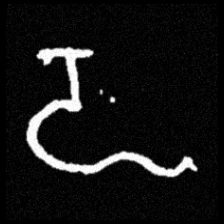
Pyu character \u2014 Myanmar letter: ဍ (romanized: dda)